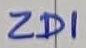
Text: ZD1